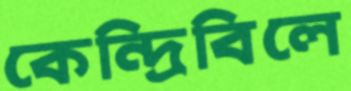
কেন্দ্রিবিলে